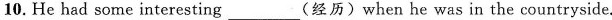
10.He had some interesting_(经历)when he was in the countryside.